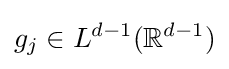
g_{j}\in L^{d-1}(\mathbb {R} ^{d-1})